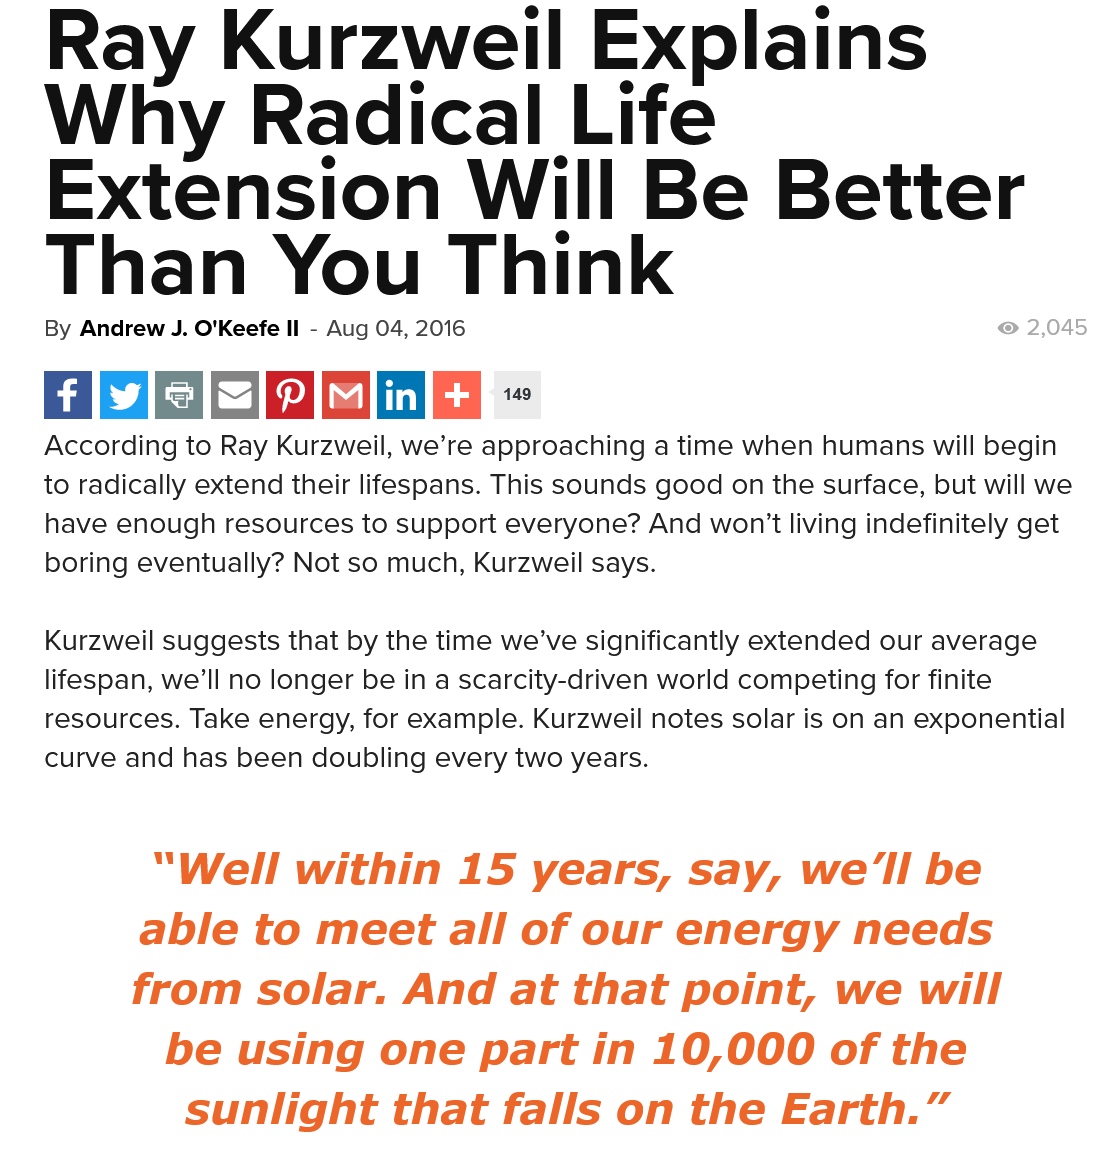
Fame
     “Well    within    15   years,    say,    we'll   be
     able   to  meet   all    of  our   energy    needs
     from    solar.   And    at  that    point,    we   will
     be   using    one   part  in    10,000    of   the
     sunlight    that falls    on   the   Earth.”
    Ray    Kurzweil    Explains
   Why    Radical    Life
    Extension    Will    Be    Better
    Than    You    Think
    By Andrew J. O'Keefe Il
     -
     Aug 04, 2016    @® 2,045
   According to Ray Kurzweil, we’re approaching a time when humans will begin
   to radically extend their lifespans. This sounds good on the surface, but will we
    have enough resources to support everyone? And won't living indefinitely get
    boring eventually? Not so much, Kurzweil says.
    Kurzweil suggests that by the time we’ve significantly extended our average
    lifespan, we’ll no longer be in a scarcity-driven world competing for finite
    resources. Take energy, for example. Kurzweil notes solar is on an exponential
   curve and has been doubling every two years.